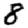
Digit: 8